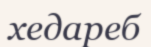
хедареб